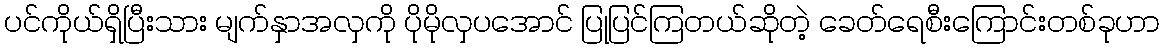
ပင်ကိုယ်ရှိပြီးသား မျက်နှာအလှကို ပိုမိုလှပအောင် ပြုပြင်ကြတယ်ဆိုတဲ့ ခေတ်ရေစီးကြောင်းတစ်ခုဟာ